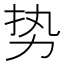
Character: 势